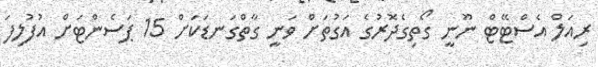
ރިއަލް އެސްޓޭޓް ނޫނީ ގޯތިގެދޮރުގެ އަގުތަށް ވަނީ ގާތްގަނޑަކަށް 15 ޕަސެންޓަށް އުފުލިފަ